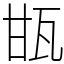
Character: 㽍